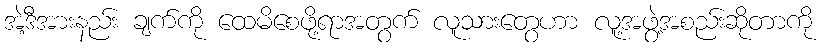
အဲ့ဒီအားနည်း ချက်ကို ထေမိစေဖို့ရာအတွက် လူသားတွေဟာ လူ့အဖွဲ့အစည်းဆိုတာကို